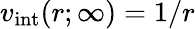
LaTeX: v_{\mathrm{int}}(r;\infty)=1/r